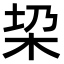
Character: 𣐟